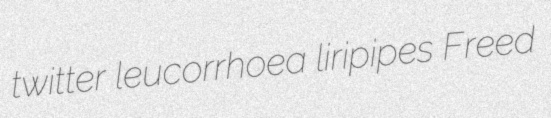
twitter leucorrhoea liripipes Freed